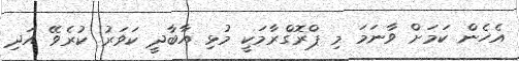
އެހެން ކަމަށް ވާނަމަ މި ޕްރޮގްރާމަކީ މުޅި އާބާދީ ކަވަރު ކުރެވޭ އަދި